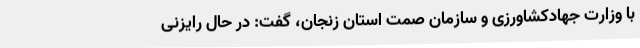
با وزارت جهادکشاورزی و سازمان صمت استان زنجان، گفت: در حال رایزنی